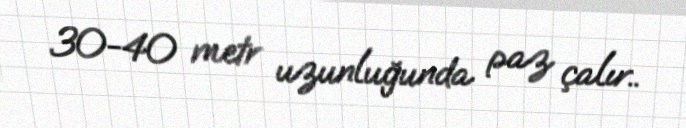
30-40 metr uzunluğunda paz çalır..